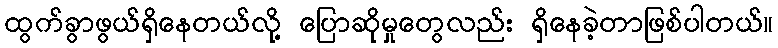
ထွက်ခွာဖွယ်ရှိနေတယ်လို့ ပြောဆိုမှုတွေလည်း ရှိနေခဲ့တာဖြစ်ပါတယ်။